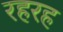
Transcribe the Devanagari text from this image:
रहरह